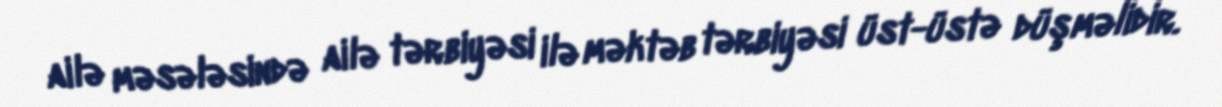
ailə məsələsində ailə tərbiyəsi ilə məktəb tərbiyəsi üst-üstə düşməlidir.